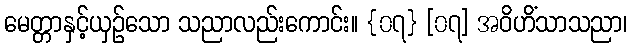
မေတ္တာနှင့်ယှဉ်သော သညာလည်းကောင်း။ {၀၇} [၀၇] အဝိဟိံသာသညာ၊